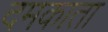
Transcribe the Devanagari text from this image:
दमकाता